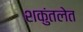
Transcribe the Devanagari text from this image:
शकुंतलेत